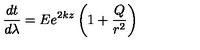
\frac { d t } { d \lambda } = E e ^ { 2 k z } \left( 1 + \frac { Q } { r ^ { 2 } } \right)